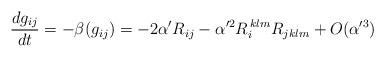
LaTeX: \begin{align*} \frac{d g_{ij}}{d t} = -\beta(g_{ij}) =-2\alpha' R_{ij}- {\alpha'^2}R_i^{\, klm}R_{jklm}+ O(\alpha'^3)\end{align*}